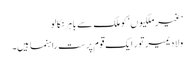
’غیر ملکیوں‘ کو ملک سے باہر نکالو
ولادیمیر تور ایک قوم پرست راہنما ہیں۔